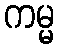
ကမ္မ